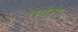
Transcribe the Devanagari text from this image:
तदुंरा